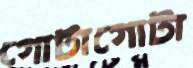
গোটাগোটা